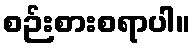
စဉ်းစားစရာပါ။